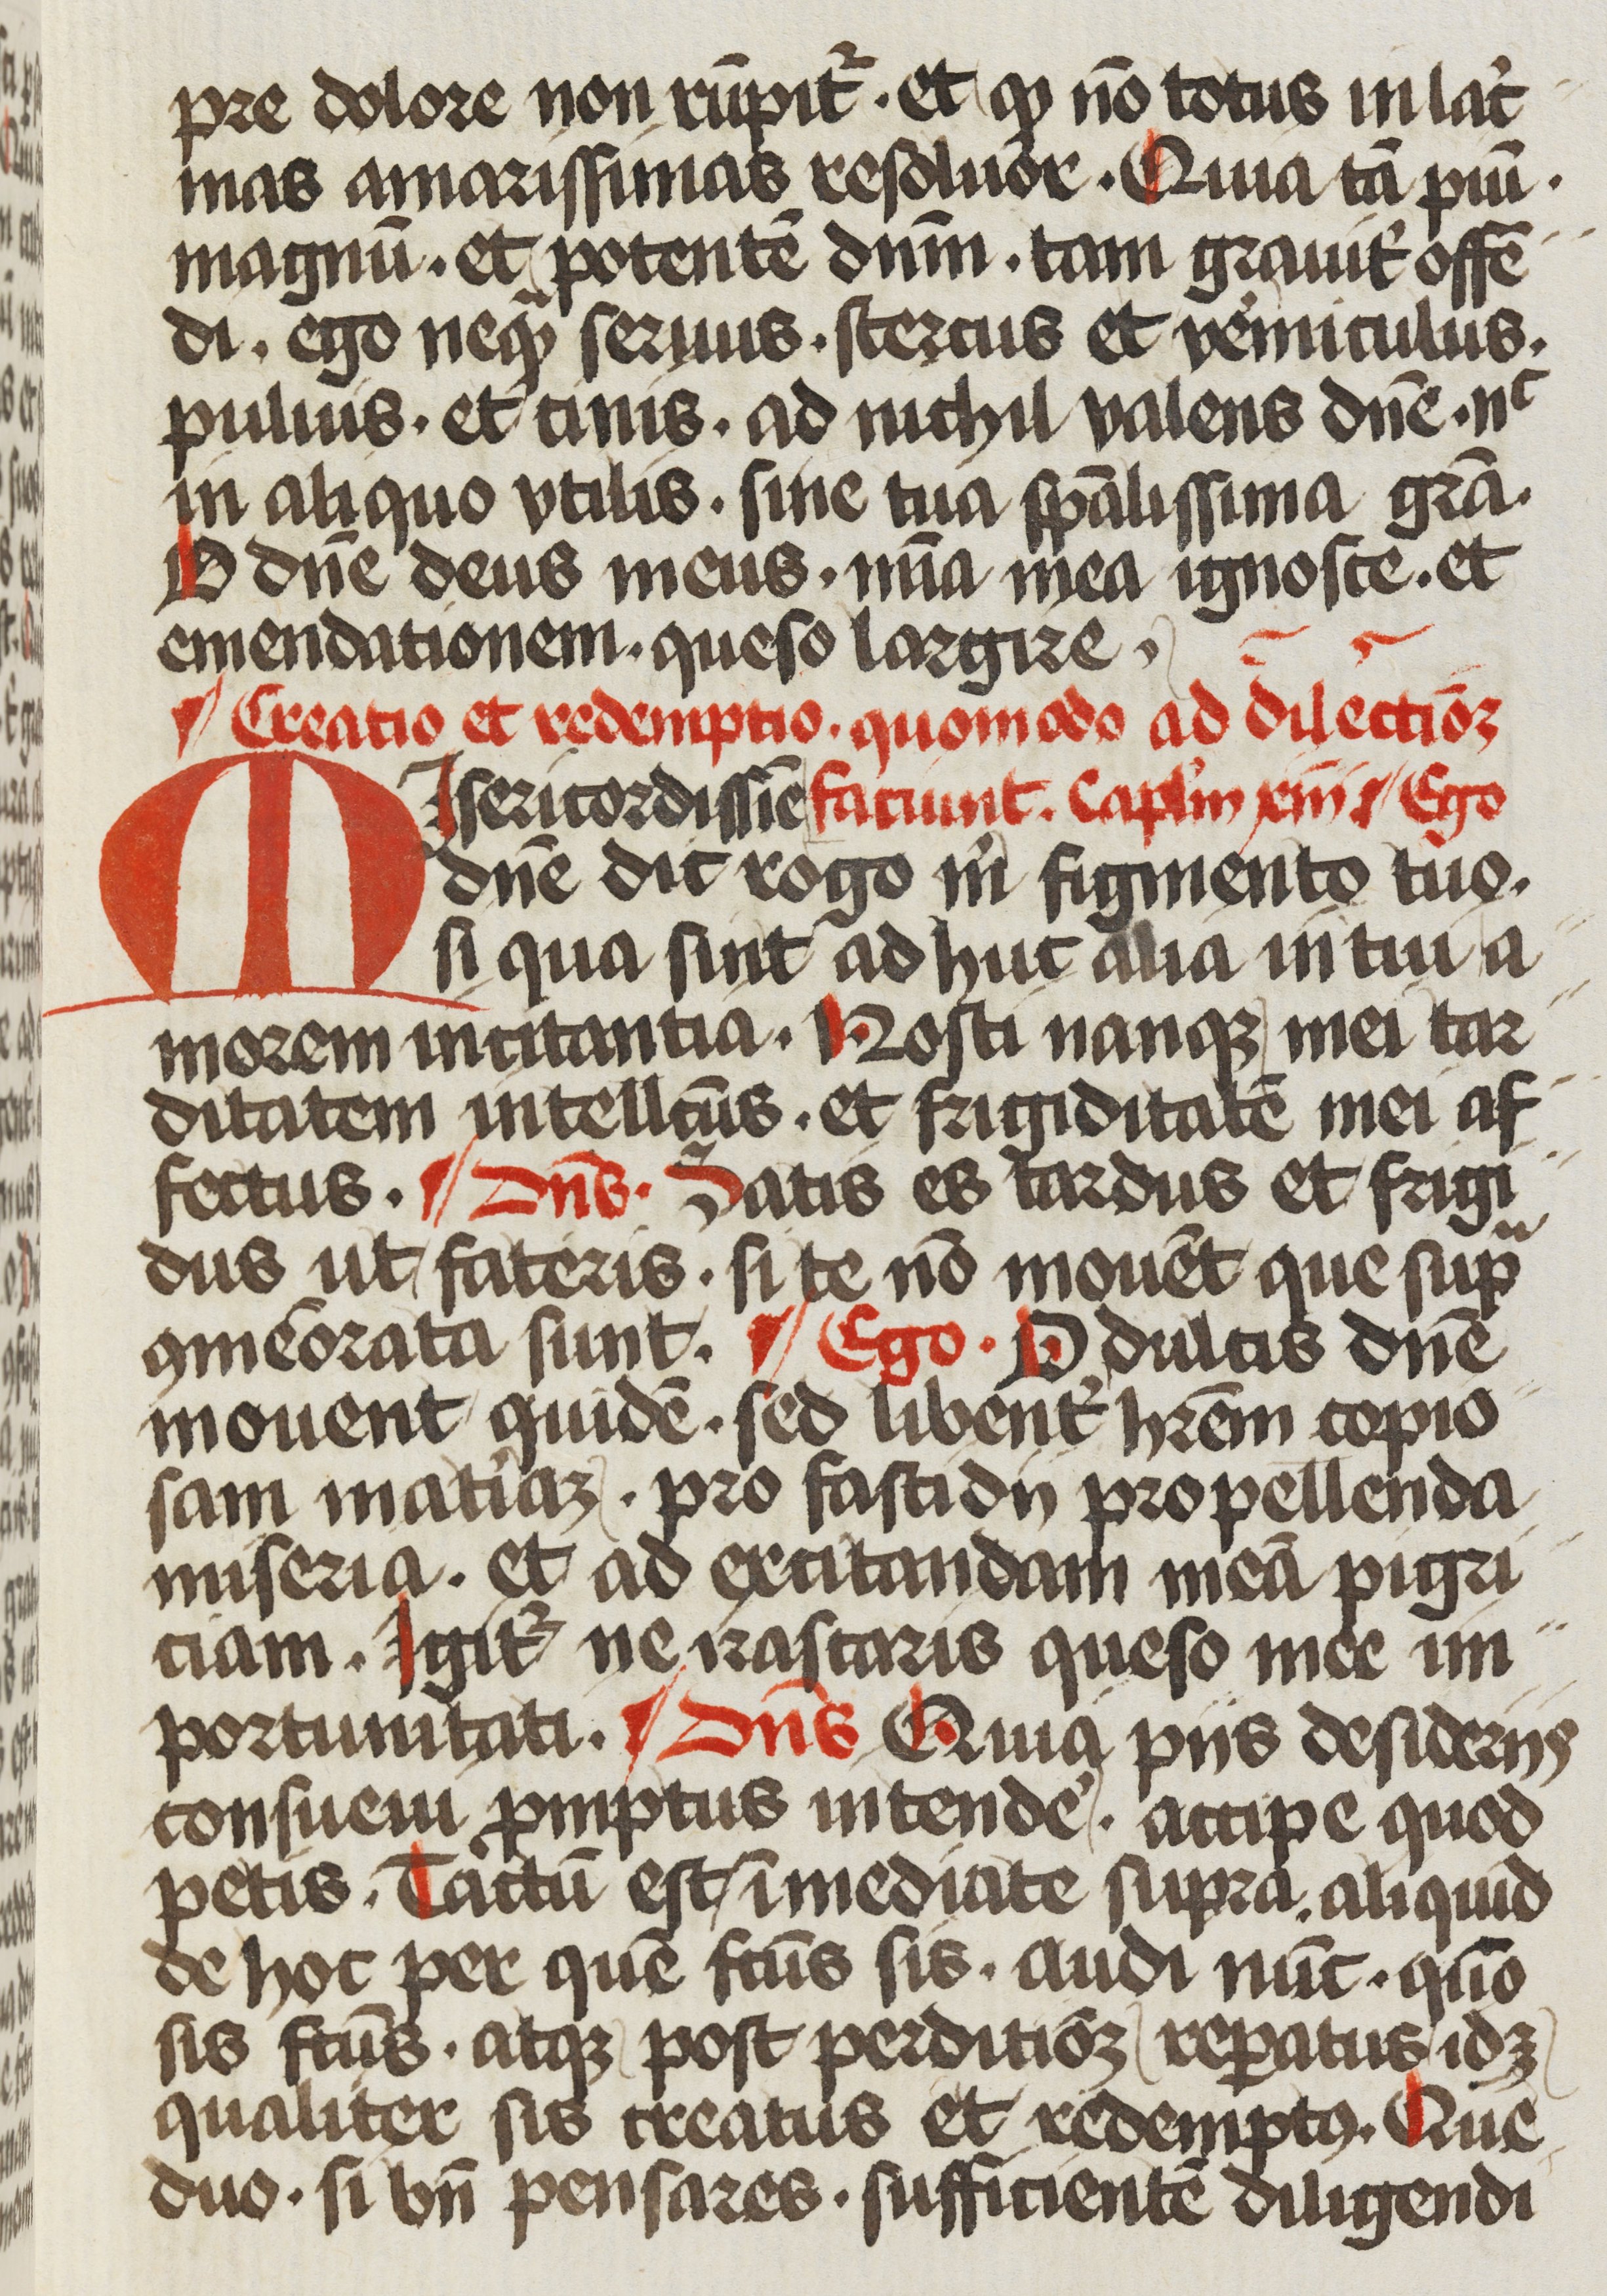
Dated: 1472–1472